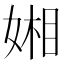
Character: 㜀